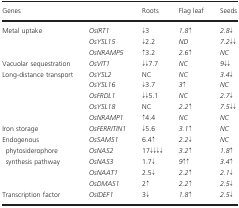
<table><thead><tr><td colspan="2"><b>Genes</b></td><td><b>Roots</b></td><td><b>Flag leaf</b></td><td><b>Seeds</b></td></tr></thead><tbody><tr><td rowspan="3">Metal uptake</td><td><i>OsIRT1</i></td><td>↓3</td><td><i>1.8</i><b>↑</b></td><td><i>2.8</i>↓</td></tr><tr><td><i>OsYSL15</i></td><td>↓2.2</td><td><i>ND</i></td><td><i>7.2</i>↓↓</td></tr><tr><td><i>OsNRAMP5</i></td><td><b>↑</b>3.2</td><td><i>2.6</i><b>↑</b></td><td><i>NC</i></td></tr><tr><td>Vacuolar sequestration</td><td><i>OsVIT1</i></td><td>↓↓7.7</td><td><i>NC</i></td><td><i>9</i>↓↓</td></tr><tr><td rowspan="5">Long‐distance transport</td><td><i>OsYSL2</i></td><td>NC</td><td><i>NC</i></td><td><i>3.4</i>↓</td></tr><tr><td><i>OsYSL16</i></td><td>↓3.7</td><td><i>3</i><b>↑</b></td><td><i>NC</i></td></tr><tr><td><i>OsFRDL1</i></td><td>↓↓5.1</td><td><i>NC</i></td><td><i>2.7</i>↓</td></tr><tr><td><i>OsYSL18</i></td><td>NC</td><td><i>2.2</i><b>↑</b></td><td><i>7.5</i>↓↓</td></tr><tr><td><i>OsNRAMP1</i></td><td><b>↑</b>4.4</td><td><i>NC</i></td><td><i>NC</i></td></tr><tr><td>Iron storage</td><td><i>OsFERRITIN1</i></td><td>↓5.6</td><td><i>3.1</i><b>↑</b></td><td><i>NC</i></td></tr><tr><td rowspan="5">Endogenous phytosiderophore synthesis pathway</td><td><i>OsSAMS1</i></td><td>6.4<b>↑</b></td><td><i>2.2</i>↓</td><td><i>NC</i></td></tr><tr><td><i>OsNAS2</i></td><td>17↓↓↓↓</td><td><i>3.2</i><b>↑</b></td><td><i>1.8</i><b>↑</b></td></tr><tr><td><i>OsNAS3</i></td><td>1.7↓</td><td><i>9</i><b>↑↑</b></td><td><i>3.4</i><b>↑</b></td></tr><tr><td><i>OsNAAT1</i></td><td>2.5↓</td><td><i>2.2</i><b>↑</b></td><td><i>2.1</i>↓</td></tr><tr><td><i>OsDMAS1</i></td><td>2<b>↑</b></td><td><i>2.2</i><b>↑</b></td><td><i>2.5</i>↓</td></tr><tr><td>Transcription factor</td><td><i>OsIDEF1</i></td><td>3↓</td><td><i>1.8</i><b>↑</b></td><td><i>2.5</i>↓</td></tr></tbody></table>